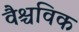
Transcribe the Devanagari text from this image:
वैश्चविक